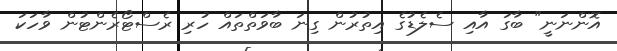
އޮންނަނީ" ބާގަ އާއި ސެލެޑުގެ އިތުރުން ގިނަ ބާވަތްތައް ހުރި ރެސްޓޯރެންޓުން ވާހަކަ